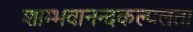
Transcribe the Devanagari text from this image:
शाम्भवानन्दकल्पलता